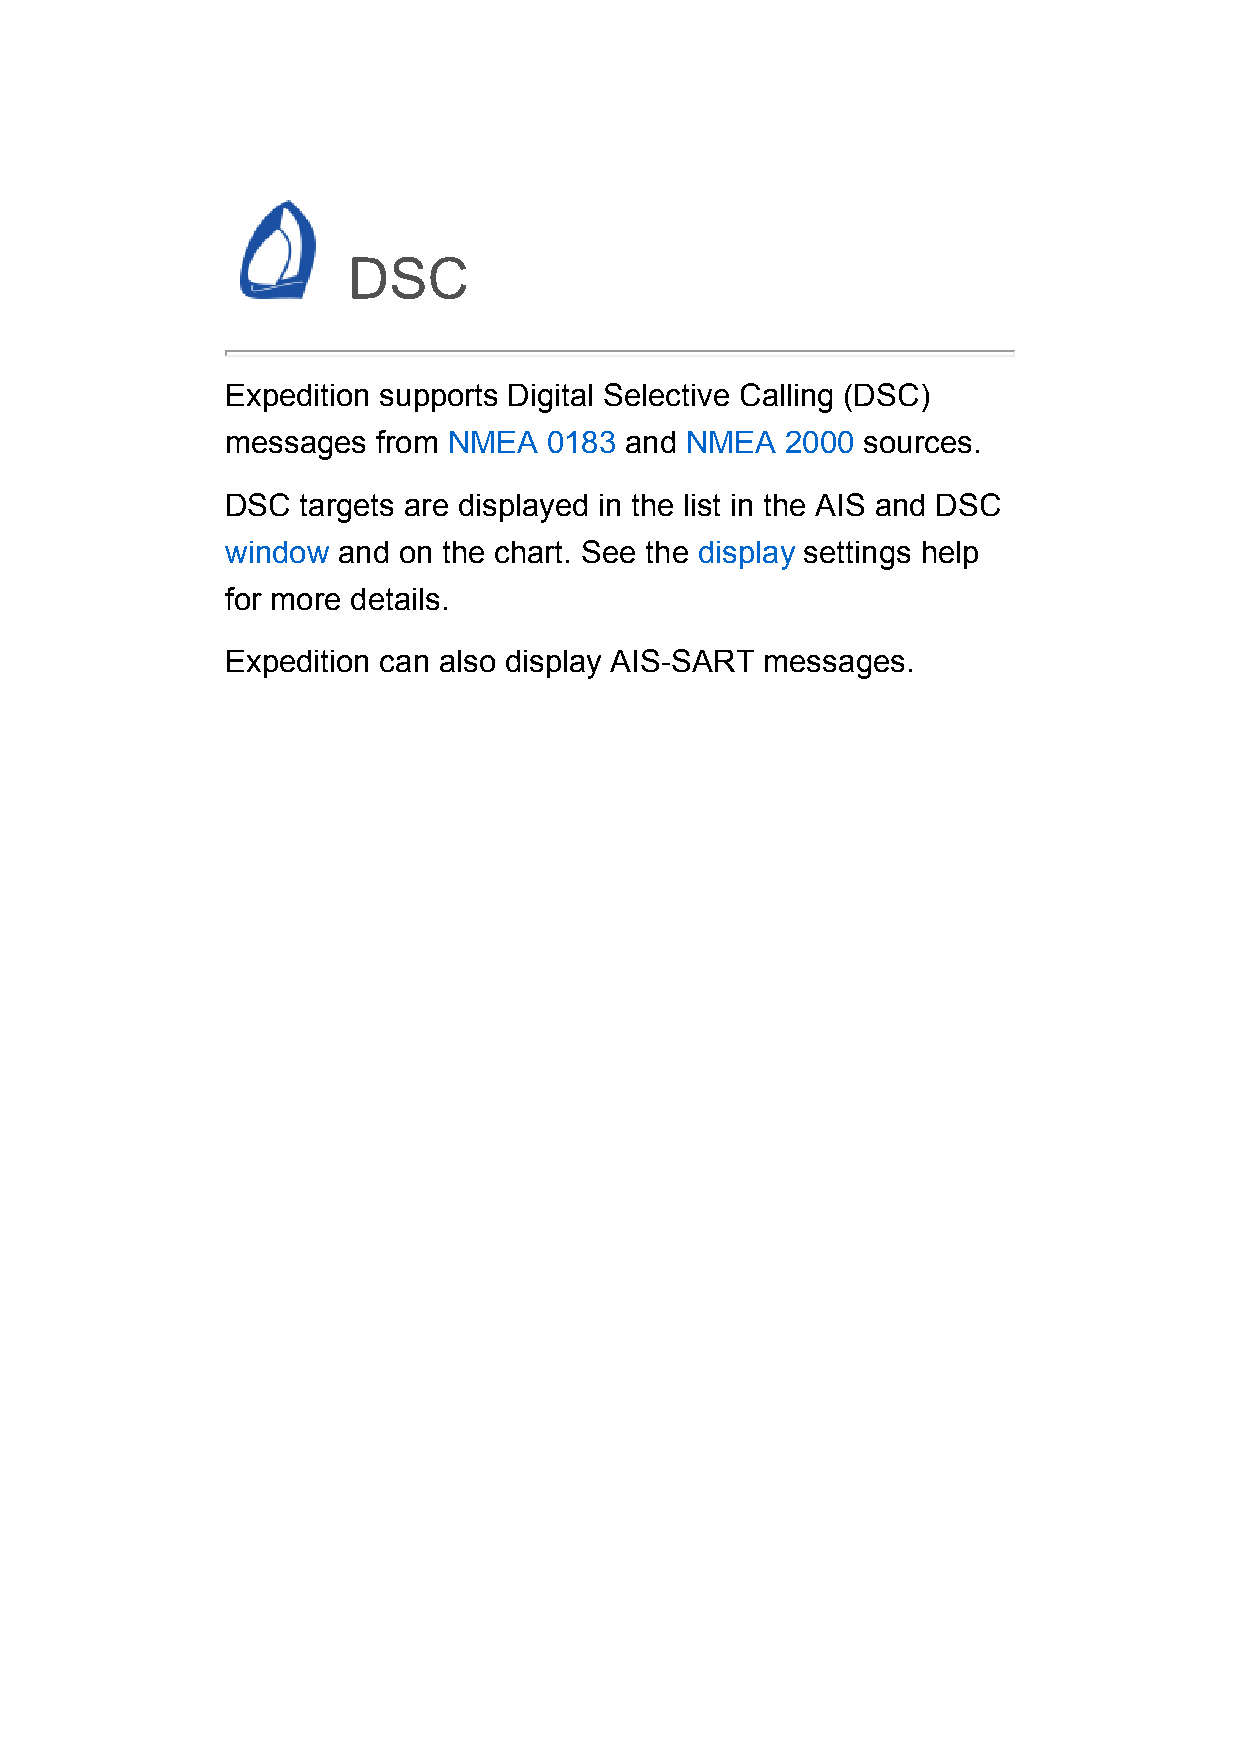
DSC
 Expedition supports Digital Selective Calling (DSC)
 messages  from NMEA  0183 and NMEA   2000 sources.
 DSC  targets are displayed in the list in the AIS and DSC
 window and on the chart. See the display settings help
 for more details.
 Expedition can also display AIS-SART messages.